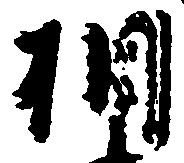
相